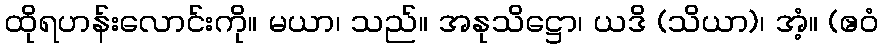
ထိုရဟန်းလောင်းကို။ မယာ၊ သည်။ အနုသိဋ္ဌော၊ ယဒိ (သိယာ)၊ အံ့။ (ဧဝံ